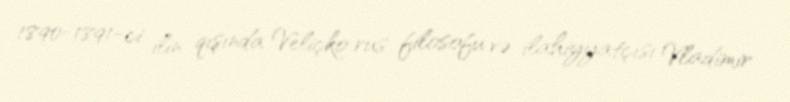
1890-1891-ci ilin qışında Veliçko rus filosofu və ilahiyyatçısı Vladimir